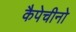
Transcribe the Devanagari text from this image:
कैपेचीनो